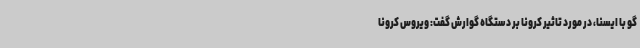
گو با ایسنا، در مورد تاثیر کرونا بر دستگاه گوارش گفت: ویروس کرونا